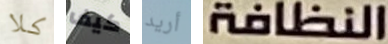
كلا كيف أريد النظافة